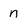
Character: n